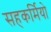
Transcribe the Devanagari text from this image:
सहकर्मियो